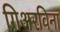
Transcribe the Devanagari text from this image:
गिअरविना